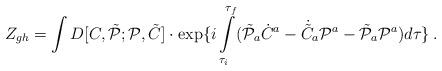
LaTeX: \begin{align*}Z_{gh}=\int D[C,\tilde {\cal P};{\cal P},\tilde C]\cdot\exp\{i\int\limits_{\tau_i}^{\tau_f}(\tilde {\cal P}_a\dot C^a -\dot{\tilde C}_a {\cal P}^a-\tilde {\cal P}_a{\cal P}^a)d\tau\} \, .\end{align*}